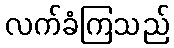
လက်ခံကြသည်